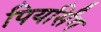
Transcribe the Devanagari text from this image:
पियर्सिंग